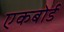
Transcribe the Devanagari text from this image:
एकबोर्ड